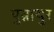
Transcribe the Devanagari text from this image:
पुन्नाथुर